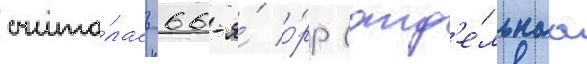
счита́лась 66-я́ о́рр (отд'е́льнаа